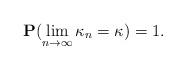
LaTeX: \begin{align*} {\bf P} (\lim_{n \to \infty} \kappa_n = \kappa) = 1.\end{align*}